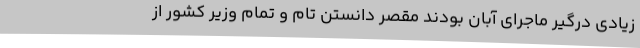
زیادی درگیر ماجرای آبان بودند مقصر دانستن تام و تمام وزیر کشور از